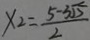
x _ { 2 } = \frac { 5 - 3 \sqrt { 5 } } { 2 }